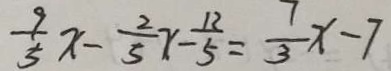
\frac { 9 } { 5 } x - \frac { 2 } { 5 } x - \frac { 1 2 } { 5 } = \frac { 7 } { 3 } x - 7